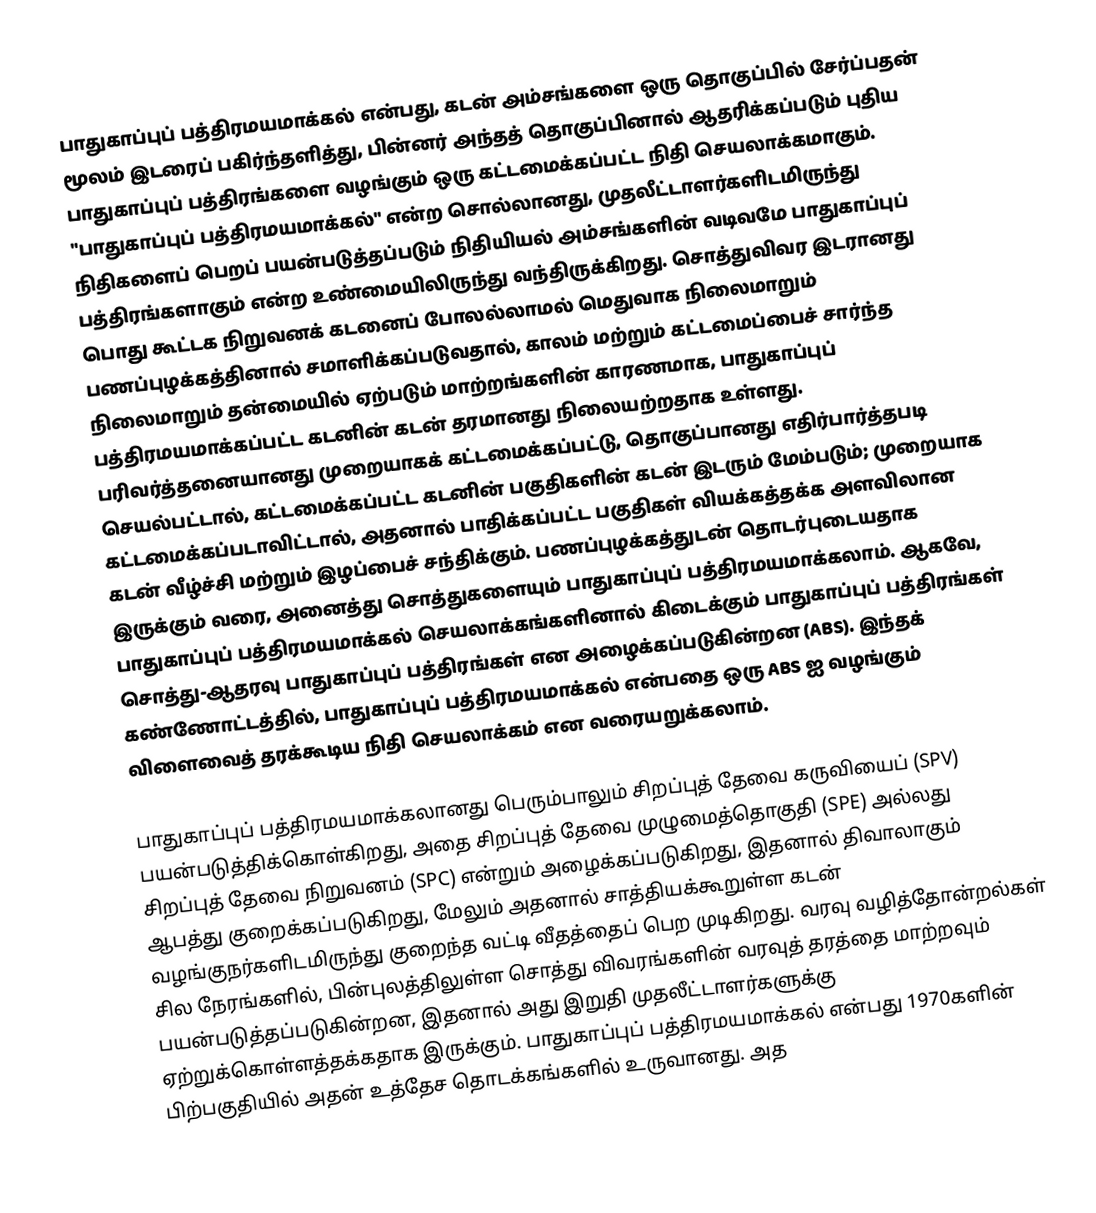
பாதுகாப்புப் பத்திரமயமாக்கல்  என்பது, கடன் அம்சங்களை ஒரு தொகுப்பில் சேர்ப்பதன் மூலம் இடரைப் பகிர்ந்தளித்து, பின்னர் அந்தத் தொகுப்பினால் ஆதரிக்கப்படும் புதிய பாதுகாப்புப் பத்திரங்களை வழங்கும் ஒரு கட்டமைக்கப்பட்ட நிதி செயலாக்கமாகும். "பாதுகாப்புப் பத்திரமயமாக்கல்" என்ற சொல்லானது, முதலீட்டாளர்களிடமிருந்து நிதிகளைப் பெறப் பயன்படுத்தப்படும் நிதியியல் அம்சங்களின் வடிவமே பாதுகாப்புப் பத்திரங்களாகும் என்ற உண்மையிலிருந்து வந்திருக்கிறது. சொத்துவிவர இடரானது பொது கூட்டக நிறுவனக் கடனைப் போலல்லாமல் மெதுவாக நிலைமாறும் பணப்புழக்கத்தினால் சமாளிக்கப்படுவதால், காலம் மற்றும் கட்டமைப்பைச் சார்ந்த நிலைமாறும் தன்மையில் ஏற்படும் மாற்றங்களின் காரணமாக, பாதுகாப்புப் பத்திரமயமாக்கப்பட்ட கடனின் கடன் தரமானது நிலையற்றதாக உள்ளது. பரிவர்த்தனையானது முறையாகக் கட்டமைக்கப்பட்டு, தொகுப்பானது எதிர்பார்த்தபடி செயல்பட்டால், கட்டமைக்கப்பட்ட கடனின் பகுதிகளின் கடன் இடரும் மேம்படும்; முறையாக கட்டமைக்கப்படாவிட்டால், அதனால் பாதிக்கப்பட்ட பகுதிகள் வியக்கத்தக்க அளவிலான கடன் வீழ்ச்சி மற்றும் இழப்பைச் சந்திக்கும். பணப்புழக்கத்துடன் தொடர்புடையதாக இருக்கும் வரை, அனைத்து சொத்துகளையும் பாதுகாப்புப் பத்திரமயமாக்கலாம். ஆகவே, பாதுகாப்புப் பத்திரமயமாக்கல் செயலாக்கங்களினால் கிடைக்கும் பாதுகாப்புப் பத்திரங்கள் சொத்து-ஆதரவு பாதுகாப்புப் பத்திரங்கள் என அழைக்கப்படுகின்றன (ABS). இந்தக் கண்ணோட்டத்தில், பாதுகாப்புப் பத்திரமயமாக்கல் என்பதை ஒரு ABS ஐ வழங்கும் விளைவைத் தரக்கூடிய நிதி செயலாக்கம் என வரையறுக்கலாம்.

பாதுகாப்புப் பத்திரமயமாக்கலானது பெரும்பாலும் சிறப்புத் தேவை கருவியைப் (SPV) பயன்படுத்திக்கொள்கிறது, அதை சிறப்புத் தேவை முழுமைத்தொகுதி (SPE) அல்லது சிறப்புத் தேவை நிறுவனம் (SPC) என்றும் அழைக்கப்படுகிறது, இதனால் திவாலாகும் ஆபத்து குறைக்கப்படுகிறது, மேலும் அதனால் சாத்தியக்கூறுள்ள கடன் வழங்குநர்களிடமிருந்து குறைந்த வட்டி வீதத்தைப் பெற முடிகிறது. வரவு வழித்தோன்றல்கள் சில நேரங்களில், பின்புலத்திலுள்ள சொத்து விவரங்களின் வரவுத் தரத்தை மாற்றவும் பயன்படுத்தப்படுகின்றன, இதனால் அது இறுதி முதலீட்டாளர்களுக்கு ஏற்றுக்கொள்ளத்தக்கதாக இருக்கும். பாதுகாப்புப் பத்திரமயமாக்கல் என்பது 1970களின் பிற்பகுதியில் அதன் உத்தேச தொடக்கங்களில் உருவானது. அத